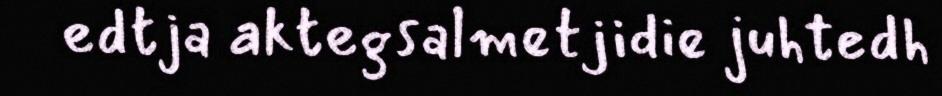
edtja aktegsalmetjidie juhtedh